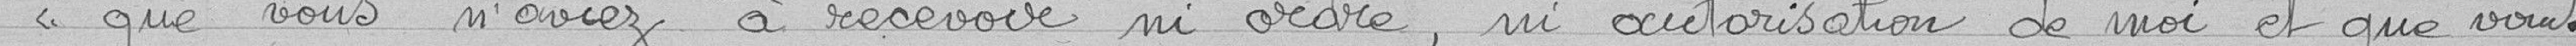
"que vous n'aviez à recevoir ni ordre, ni autorisation de moi et que vous